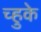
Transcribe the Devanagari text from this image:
च्हुके